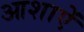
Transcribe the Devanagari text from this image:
आशाऐं